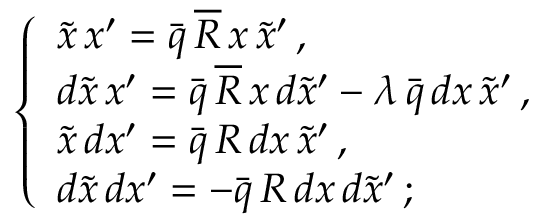
\left\{ \begin{array} { l } { { \tilde { x } \, x ^ { \prime } = \bar { q } \, \overline { { { R } } } \, x \, \tilde { x } ^ { \prime } \, , } } \\ { { d \tilde { x } \, x ^ { \prime } = \bar { q } \, \overline { { { R } } } \, x \, d \tilde { x } ^ { \prime } - \lambda \, \bar { q } \, d x \, \tilde { x } ^ { \prime } \, , } } \\ { { \tilde { x } \, d x ^ { \prime } = \bar { q } \, R \, d x \, \tilde { x } ^ { \prime } \, , } } \\ { { d \tilde { x } \, d x ^ { \prime } = - \bar { q } \, R \, d x \, d \tilde { x } ^ { \prime } \, ; } } \end{array} \right.